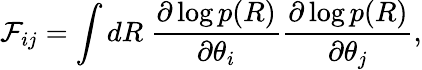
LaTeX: \mathcal F_{ij}=\int dR\ \frac{\partial\log p(R)}{\partial\theta_{i}}\frac{\partial\log p(R)}{\partial\theta_{j}},